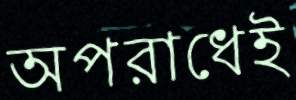
অপরাধেই